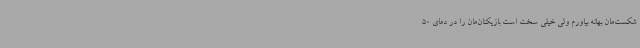
شکست‌مان بهانه بیاورم ولی خیلی سخت است بازیکنان‌مان را در دمای 50